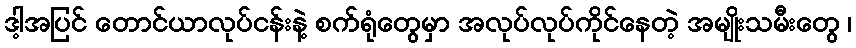
ဒါ့အပြင် တောင်ယာလုပ်ငန်းနဲ့ စက်ရုံတွေမှာ အလုပ်လုပ်ကိုင်နေတဲ့ အမျိုးသမီးတွေ ၊